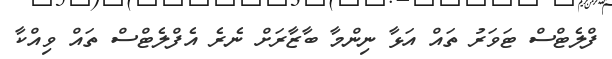
ފްލެޓްސް ޓަވަރު ތައް އަޅާ ނިންމާ ބާޒާރަށް ނެރެ އެފްލެޓްސް ތައް ވިއްކާ